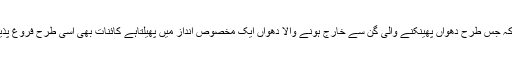
یونیورسٹی آف ایری زونا کے ایک سائنس دان ڈینیئل آئزن اسٹین نے کہا ہے کہ جس طرح دھواں پھینکنے والی گن سے خارج ہونے والا دھواں ایک مخصوص انداز میں پھیلتاہے کائنات بھی اسی طرح فروغ پذیر ہے اور دھماکے سے پیداہونے والی لہریں چاروں طرف پھیلتی جارہی ہیں۔